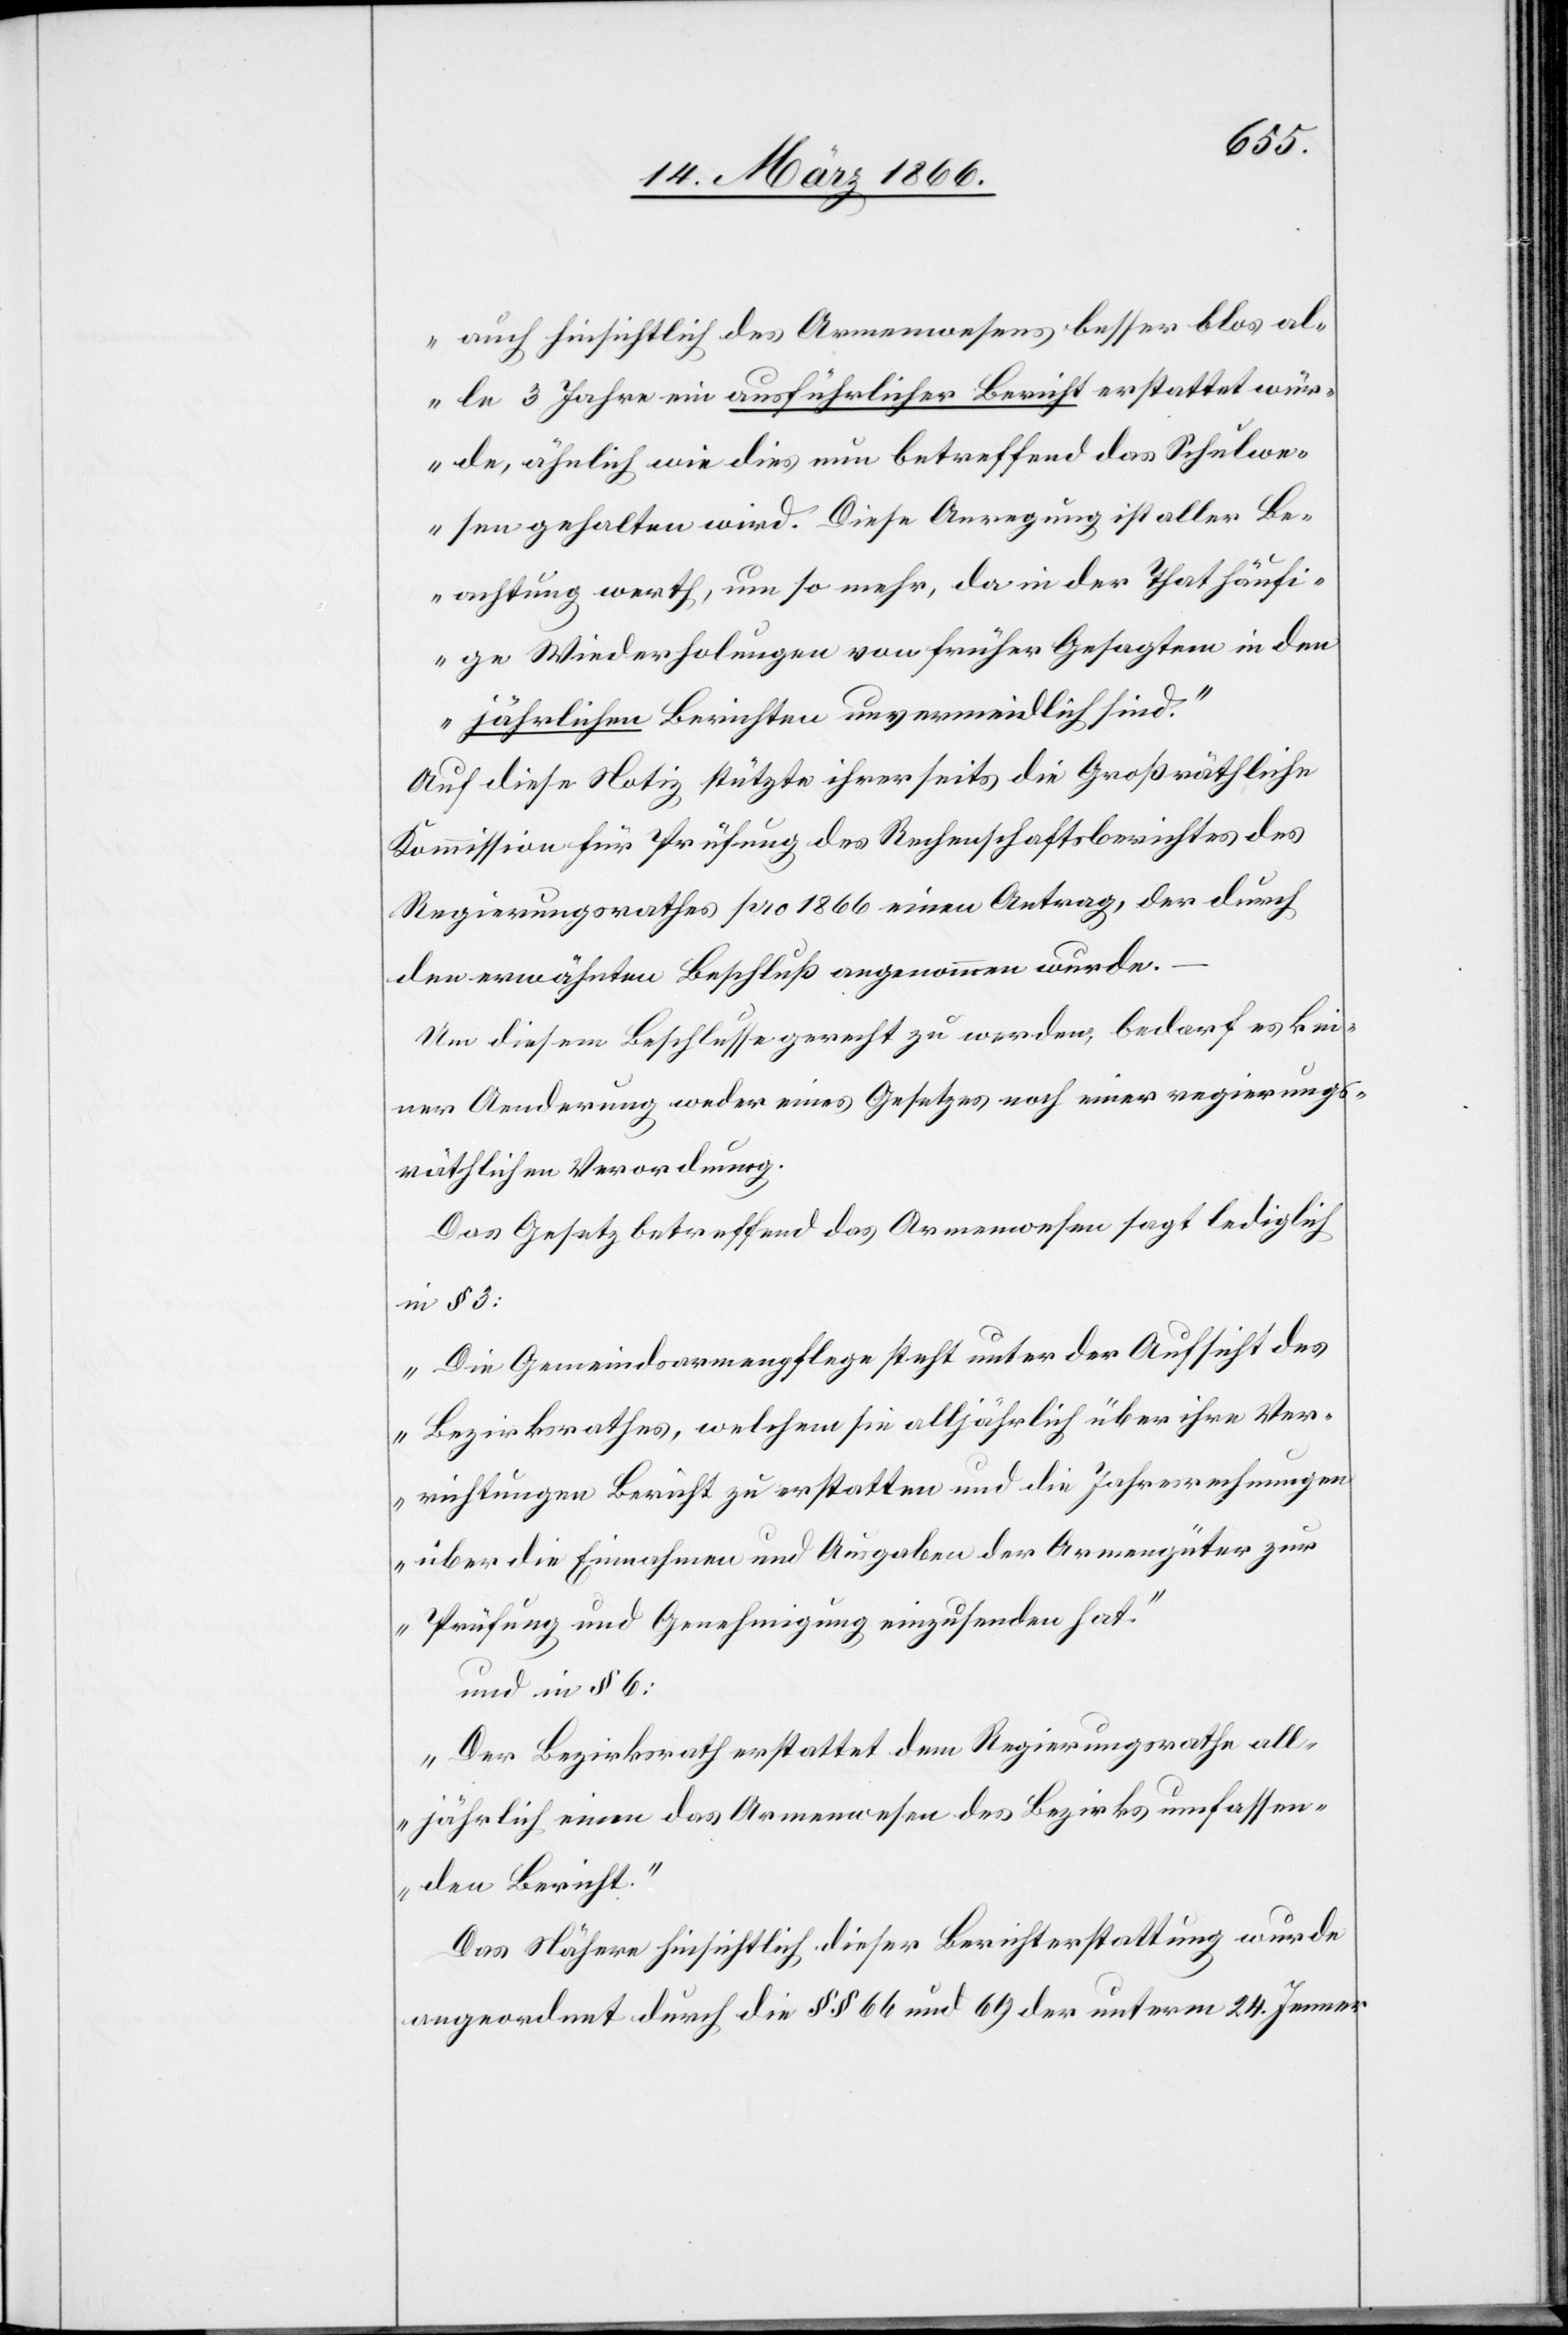
auch hinsichtlich des Armenwesens besser blos al¬
le 3 Jahre ein ausführlicher Bericht erstattet wür¬
de, ähnlich wie dies nun betreffend das Schulwe¬
sen gehalten wird. Diese Anregung ist aller Be¬
achtung werth, um so mehr, da in der That häufi¬
ge Wiederholungen von früher Gesagtem in den
jährlichen Berichten unvermeidlich sind.“
Auf diese Notiz stützte ihrerseits die Großräthliche
Kommission für Prüfung des Rechenschaftsberichtes des
Regierungsrathes pro 1866 einen Antrag, der durch
den erwähnten Beschluß angenommen wurde.
Um diesem Beschlusse gerecht zu werden, bedarf es kei¬
ner Aenderung weder eines Gesetzes noch einer regierungs¬
räthlichen Verordnung.
Das Gesetz betreffend das Armenwesen sagt lediglich
in § 3:
„Die Gemeindsarmenpflege steht unter der Aufsicht des
Bezirksrathes, welchem sie alljährlich über ihre Ver¬
richtungen Bericht zu erstatten und die Jahresrechnungen
über die Einnahmen und Ausgaben der Armengüter zur
Prüfung und Genehmigung einzusenden hat.“
und in § 6:
„Der Bezirksrath erstattet dem Regierungsrathe all¬
jährlich einen das Armenwesen des Bezirks umfassen¬
den Bericht.“
Das Nähere hinsichtlich dieser Berichterstattung wurde
angeordnet durch die §§ 66 und 69 der unterm 24. Jenner